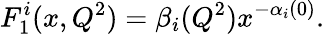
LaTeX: F_{1}^{i}(x,Q^{2})=\beta_{i}(Q^{2})x^{-\alpha_{i}(0)}.